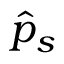
\hat { p } _ { s }